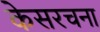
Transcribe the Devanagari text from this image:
केसरचना